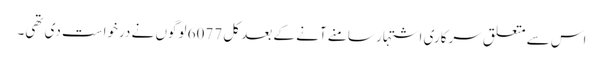
اس سے متعلق سرکاری اشتہار سامنے آنے کے بعد کل 6077 لوگوں نے درخواست دی تھی۔